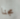
مجنا